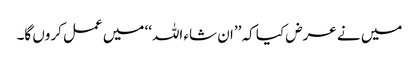
میں نے عرض کیا کہ ’’ان شاء اللہ‘‘ میں عمل کروں گا۔